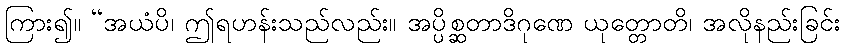
ကြား၍။ “အယံပိ၊ ဤရဟန်းသည်လည်း။ အပ္ပိစ္ဆတာဒိဂုဏေ ယုတ္တောတိ၊ အလိုနည်းခြင်း